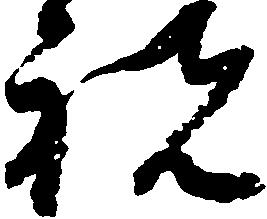
祝